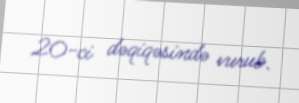
20-ci dəqiqəsində vurub.